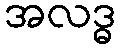
အလဒ္ဓ